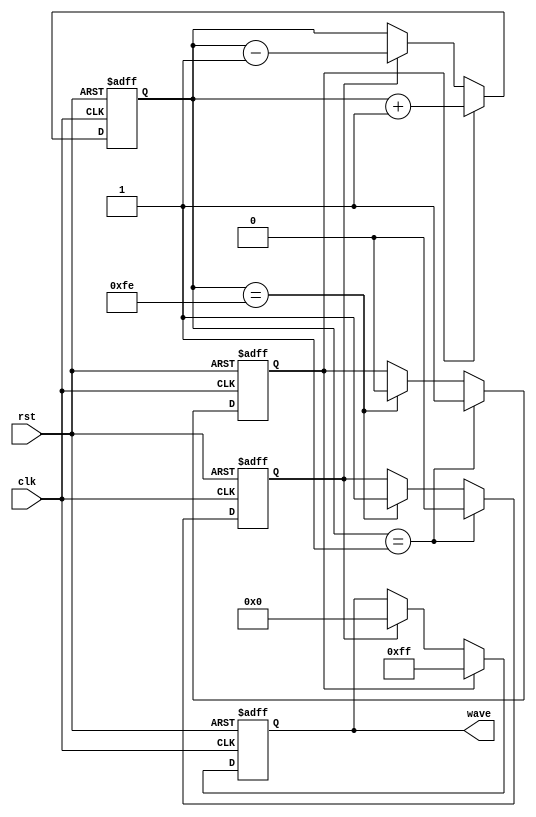
`timescale 1ns/1ns
`define on 1
`define off 0
module square(input clk, rst, output reg[7:0] wave);
	
	reg[7:0] count1;
	reg up, down;
	always @(posedge clk, posedge rst) begin
		if(rst) begin
			wave <= 8'd255;
			count1 <= 8'b00000001;
			up = `on;
			down = `off;
		end
		
		else begin
			if(up) begin
				wave <= 8'd255;
				count1 <= count1 + 1;
			end
			else if(down) begin
				wave <= 8'b0;
				count1 <= count1 - 1;
			end
			
			if(count1 == 8'b11111110) begin
				up = `off;
				down = `on;
			end
			
			if(count1 == 8'b00000001) begin
				up = `on;
				down = `off;
			end
		end
	end
endmodule